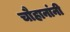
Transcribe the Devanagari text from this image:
चाैहानांनी